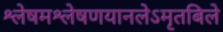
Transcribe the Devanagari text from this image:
श्लेषमश्लेषणयानलेऽमृतबिले